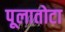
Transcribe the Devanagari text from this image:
पूलातोटा